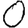
Digit: 0